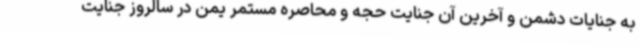
به جنایات دشمن و آخرین آن جنایت حجه و محاصره مستمر یمن در سالروز جنایت